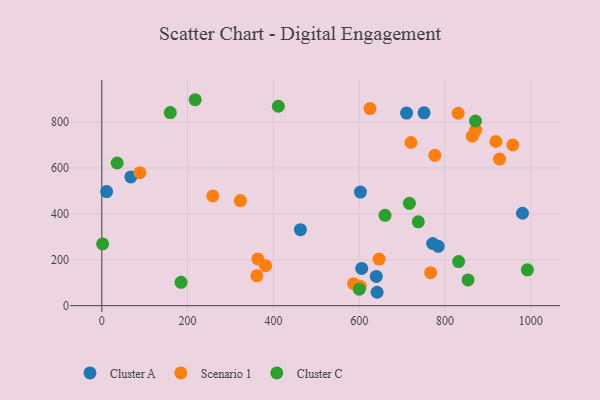
{"axis": {"x": "Study Hours", "y": "Profit"}, "legend": ["Cluster A", "Cluster C", "Scenario 1"], "data": [{"x": "639.9", "y": 127.3, "type": "Cluster A"}, {"x": "605.9", "y": 162.5, "type": "Cluster A"}, {"x": "710.5", "y": 839.4, "type": "Cluster A"}, {"x": "463.0", "y": 331.4, "type": "Cluster A"}, {"x": "67.7", "y": 561.0, "type": "Cluster A"}, {"x": "980.7", "y": 402.8, "type": "Cluster A"}, {"x": "11.2", "y": 497.1, "type": "Cluster A"}, {"x": "751.3", "y": 840.6, "type": "Cluster A"}, {"x": "784.3", "y": 258.5, "type": "Cluster A"}, {"x": "641.8", "y": 58.4, "type": "Cluster A"}, {"x": "602.9", "y": 494.9, "type": "Cluster A"}, {"x": "771.3", "y": 270.9, "type": "Cluster A"}, {"x": "646.5", "y": 203.2, "type": "Scenario 1"}, {"x": "602.6", "y": 84.0, "type": "Scenario 1"}, {"x": "323.1", "y": 458.2, "type": "Scenario 1"}, {"x": "958.1", "y": 700.5, "type": "Scenario 1"}, {"x": "830.9", "y": 838.7, "type": "Scenario 1"}, {"x": "776.3", "y": 655.2, "type": "Scenario 1"}, {"x": "258.8", "y": 478.5, "type": "Scenario 1"}, {"x": "587.1", "y": 95.7, "type": "Scenario 1"}, {"x": "863.7", "y": 738.9, "type": "Scenario 1"}, {"x": "927.3", "y": 638.9, "type": "Scenario 1"}, {"x": "918.7", "y": 715.6, "type": "Scenario 1"}, {"x": "381.9", "y": 174.3, "type": "Scenario 1"}, {"x": "625.1", "y": 859.1, "type": "Scenario 1"}, {"x": "88.9", "y": 579.3, "type": "Scenario 1"}, {"x": "720.7", "y": 711.1, "type": "Scenario 1"}, {"x": "871.7", "y": 765.3, "type": "Scenario 1"}, {"x": "361.5", "y": 130.1, "type": "Scenario 1"}, {"x": "363.7", "y": 203.6, "type": "Scenario 1"}, {"x": "766.6", "y": 144.0, "type": "Scenario 1"}, {"x": "159.6", "y": 841.6, "type": "Cluster C"}, {"x": "871.1", "y": 804.8, "type": "Cluster C"}, {"x": "1.9", "y": 269.1, "type": "Cluster C"}, {"x": "853.8", "y": 112.4, "type": "Cluster C"}, {"x": "992.1", "y": 156.4, "type": "Cluster C"}, {"x": "831.8", "y": 192.3, "type": "Cluster C"}, {"x": "717.1", "y": 446.2, "type": "Cluster C"}, {"x": "600.1", "y": 71.9, "type": "Cluster C"}, {"x": "737.8", "y": 365.6, "type": "Cluster C"}, {"x": "184.7", "y": 101.6, "type": "Cluster C"}, {"x": "660.2", "y": 393.8, "type": "Cluster C"}, {"x": "35.7", "y": 621.8, "type": "Cluster C"}, {"x": "411.6", "y": 869.1, "type": "Cluster C"}, {"x": "217.7", "y": 897.6, "type": "Cluster C"}]}